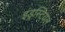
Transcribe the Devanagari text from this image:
इंड्रस्टियल